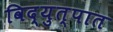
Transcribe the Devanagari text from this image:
विद्युत्पात